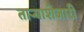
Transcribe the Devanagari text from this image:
ताऱ्याशेजारी